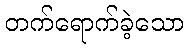
တက်ရောက်ခဲ့သော